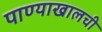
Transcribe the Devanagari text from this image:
पाण्याखालची